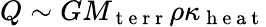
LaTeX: Q\sim GM_{\mathrm{~t~e~r~r~}}\rho\kappa_{\mathrm{~h~e~a~t~}}